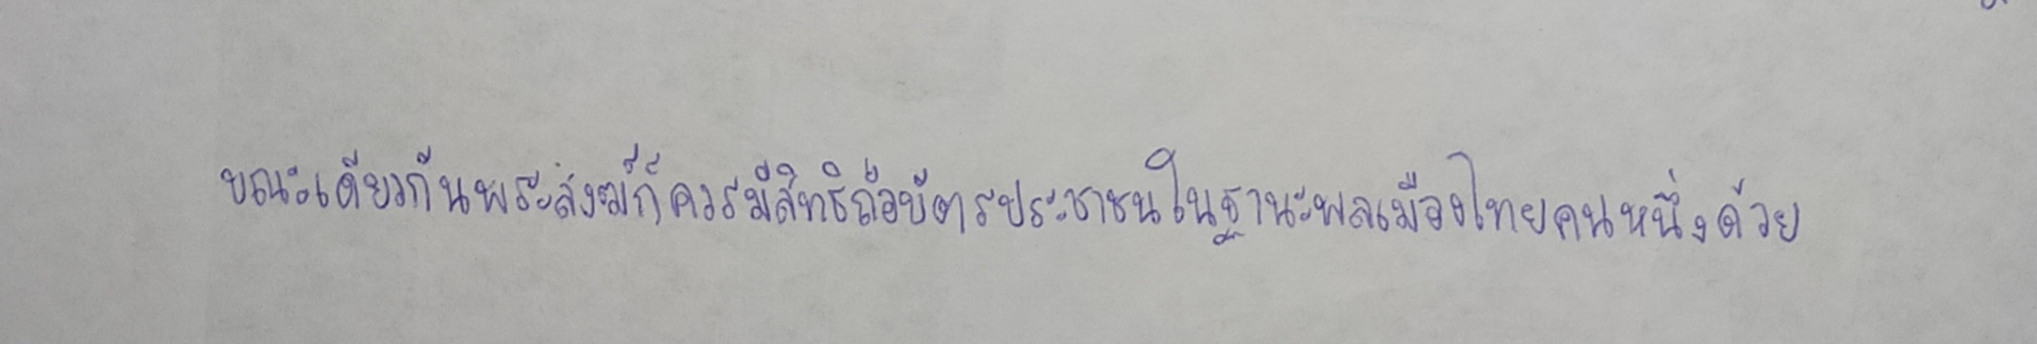
ขณะเดียวกันพระสงฆ์ก็ควรมีสิทธิถือบัตรประชาชนในฐานะพลเมืองไทยคนหนึ่งด้วย